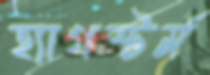
হ্যাগস্টর্ম